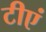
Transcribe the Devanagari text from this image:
टीएं